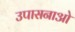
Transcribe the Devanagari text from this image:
उपासनाओ